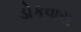
ડોકવારા